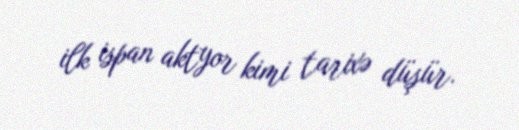
ilk ispan aktyor kimi tarixə düşür.